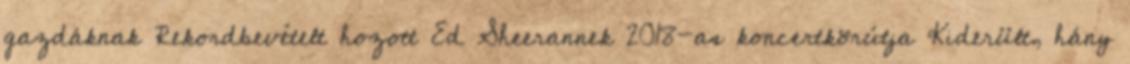
gazdáknak Rekordbevételt hozott Ed Sheerannek 2018-as koncertkörútja Kiderült, hány